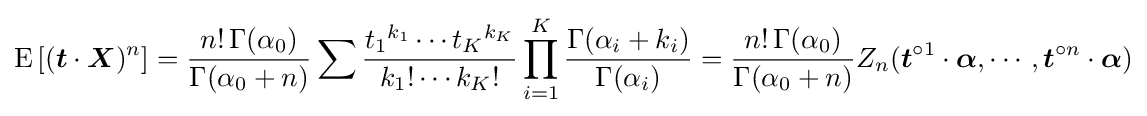
\operatorname {E} \left[({\boldsymbol {t}}\cdot {\boldsymbol {X}})^{n}\right]={\frac {n!\,\Gamma (\alpha _{0})}{\Gamma (\alpha _{0}+n)}}\sum {\frac {{t_{1}}^{k_{1}}\cdots {t_{K}}^{k_{K}}}{k_{1}!\cdots k_{K}!}}\prod _{i=1}^{K}{\frac {\Gamma (\alpha _{i}+k_{i})}{\Gamma (\alpha _{i})}}={\frac {n!\,\Gamma (\alpha _{0})}{\Gamma (\alpha _{0}+n)}}Z_{n}({\boldsymbol {t}}^{\circ 1}\cdot {\boldsymbol {\alpha }},\cdots ,{\boldsymbol {t}}^{\circ n}\cdot {\boldsymbol {\alpha }})